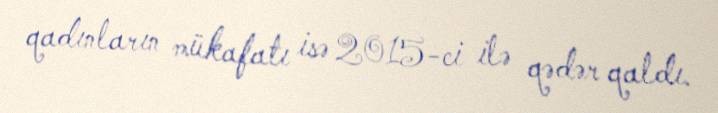
qadınların mükafatı isə 2015-ci ilə qədər qaldı.